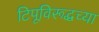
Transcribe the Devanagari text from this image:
टिपूविरूद्धच्या